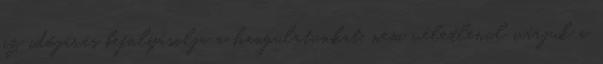
az időjárás befolyásolja a hangulatunkat, nem véletlenül várjuk a